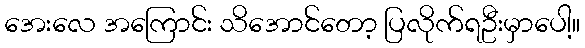
အေးလေ အကြောင်း သိအောင်တော့ ပြလိုက်ရဦးမှာပေါ့။